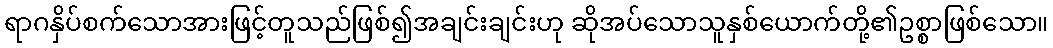
ရာဂနှိပ်စက်သောအားဖြင့်တူသည်ဖြစ်၍အချင်းချင်းဟု ဆိုအပ်သောသူနှစ်ယောက်တို့၏ဥစ္စာဖြစ်သော။